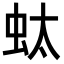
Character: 𧉑